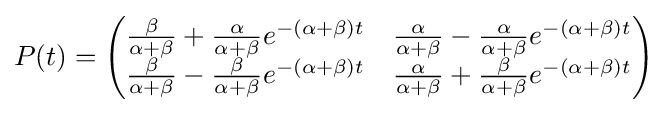
P(t)={\begin{pmatrix}{\frac {\beta }{\alpha +\beta }}+{\frac {\alpha }{\alpha +\beta }}e^{-(\alpha +\beta )t}&{\frac {\alpha }{\alpha +\beta }}-{\frac {\alpha }{\alpha +\beta }}e^{-(\alpha +\beta )t}\\{\frac {\beta }{\alpha +\beta }}-{\frac {\beta }{\alpha +\beta }}e^{-(\alpha +\beta )t}&{\frac {\alpha }{\alpha +\beta }}+{\frac {\beta }{\alpha +\beta }}e^{-(\alpha +\beta )t}\end{pmatrix}}